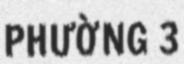
PHƯỜNG 3